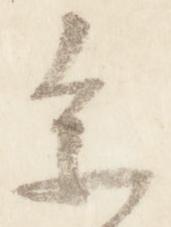
参